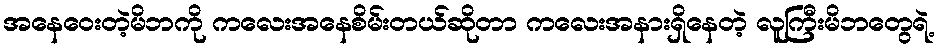
အနေဝေးတဲ့မိဘကို ကလေးအနေစိမ်းတယ်ဆိုတာ ကလေးအနားရှိနေတဲ့ လူကြီးမိဘတွေရဲ့